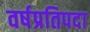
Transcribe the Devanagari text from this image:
वर्षप्रतिपदा